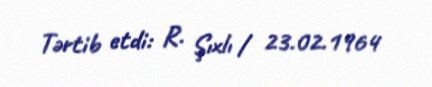
Tərtib etdi: R. Şıxlı / 23.02.1964